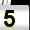
Digit: 5